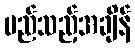
မည်သည့်အချိန်